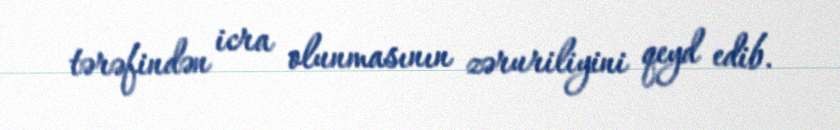
tərəfindən icra olunmasının zəruriliyini qeyd edib.